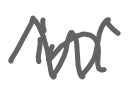
Text: in
Cross-out: zig-zag
Writing tool: digital_gray